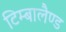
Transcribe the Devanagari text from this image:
टिम्बालैण्ड